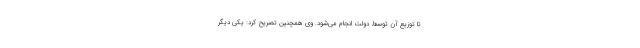
تا توزیع آن توسط دولت انجام می‌شود. وی همچنین تصریح کرد: یکی دیگر